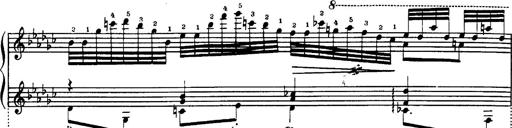
Title: Danza sacra e duetto finale dâ€™Aida
Composer: Franz Liszt